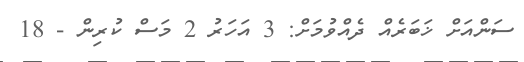
ސަންއަށް ޚަބަރެއް ދެއްވުމަށް: 3 އަހަރު 2 މަސް ކުރިން - 18